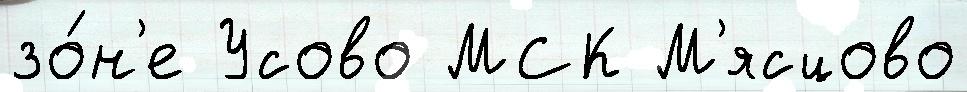
зо́н'е Усово МСК М'ясцово